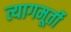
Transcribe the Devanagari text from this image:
त्यागमूर्ती